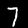
Digit: 7